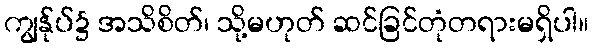
ကျွန်ုပ်၌ အသိစိတ်၊ သို့မဟုတ် ဆင်ခြင်တုံတရားမရှိပါ။